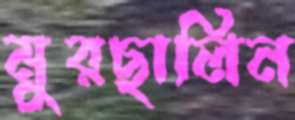
মুরছালিন